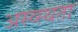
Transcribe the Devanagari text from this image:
अस्व्स्थता